Report on horse surra - Volume II, Part II
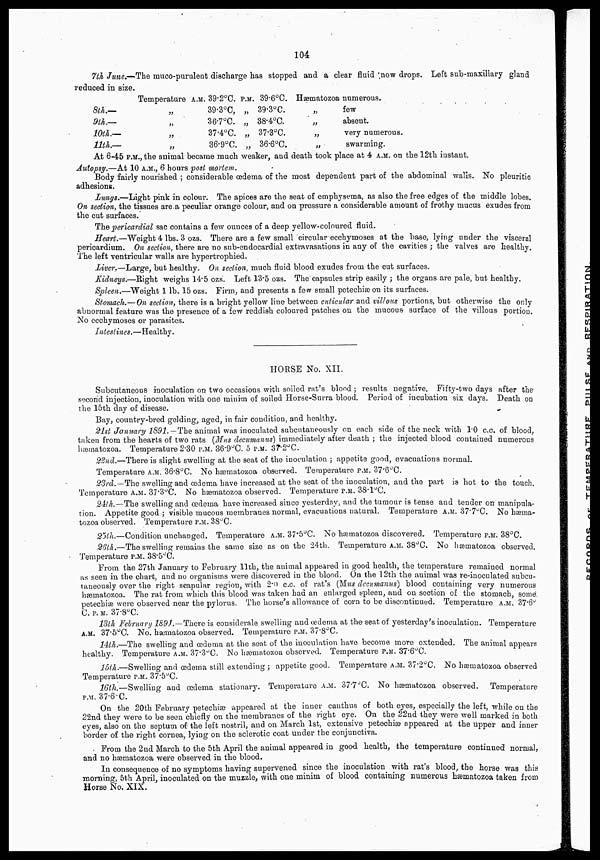
104
7th June.—The muco-purulent discharge has stopped and a clear fluid now drops. Left sub-maxillary gland
reduced in size.
8th.—
9th.—
10th.—
11th.—
Temperature
„
„
„
„
A.M. 39.2°C.
39.3°C.
36.7°C.
37.4°C.
36.9°C.
P.M. 39.6°C.
„ 39.3°C.
„ 38.4°C.
„ 37.3°C.
„ 36.6°C.
Hæmatozoa
„
„
„
„
numerous.
few
absent.
very numerous.
swarming.
At 6-45 P.M., the animal became much weaker, and death took place at 4 A.M. on the 12th instant.
Autopsy.—At 10 A.M., 6 hours post mortem.
Body fairly nourished ; considerable œdema of the most dependent part of the abdominal walls. No pleuritic
adhesions.
Lungs.—Light pink in colour. The apices are the seat of emphysema, as also the free edges of the middle lobes.
On section, the tissues are a peculiar orange colour, and on pressure a considerable amount of frothy mucus exudes from
the cut surfaces.
The pericardial sac contains a few ounces of a deep yellow-coloured fluid.
Heart.—Weight 4 lbs. 3 ozs. There are a few small circular ecchymoses at the base, lying under the visceral
pericardium. On section, there are no sub-endocardial extravasations in any of the cavities ; the valves are healthy.
The left ventricular walls are hypertrophied.
Liver.—Large, but healthy. On section, much fluid blood exudes from the cut surfaces.
Kidneys.—Right weighs 14.5 ozs. Left 13.5 ozs. The capsules strip easily ; the organs are pale, but healthy.
Spleen.—Weight 1 lb. 15 ozs. Firm, and presents a few small petechiæ on its surfaces.
Stomach.— On section, there is a bright yellow line between cuticular and villous portions, but otherwise the only
abnormal feature was the presence of a few reddish coloured patches on the mucous surface of the villous portion.
No ecchymoses or parasites.
Intestines.—Healthy.
HORSE No. XII.
Subcutaneous inoculation on two occasions with soiled rat's blood ; results negative. Fifty-two days after the
second injection, inoculation with one minim of soiled Horse-Surra blood. Period of incubation six days. Death on
the 15th day of disease.
Bay, country-bred gelding, aged, in fair condition, and healthy.
21st January 1891.—The animal was inoculated subcutaneously on each side of the neck with 1.0 c.c. of blood,
taken from the hearts of two rats (Mus decumanus) immediately after death ; the injected blood contained numerous
hæmatozoa. Temperature 2.30 P.M. 36.9°C. 5 P.M. 37.2°C.
22nd.—There is slight swelling at the seat of the inoculation ; appetite good, evacuations normal.
Temperature A.M. 36.8°C. No hæmatozoa observed. Temperature P.M. 37.6°C.
23rd.—The swelling and œdema have increased at the seat of the inoculation, and the part is hot to the touch.
Temperature A.M. 37.3°C. No hæmatozoa observed. Temperature P.M. 38.1°C.
24th.—The swelling and œdema have increased since yesterday, and the tumour is tense and tender on manipula-
tion. Appetite good ; visible mucous membranes normal, evacuations natural. Temperature A.M. 37.7°C. No hæma-
tozoa observed. Temperature P.M. 38°C.
25th.—Condition unchanged. Temperature A.M. 37.5°C. NO hæmatozoa discovered. Temperature P.M. 38°C.
26th.—The swelling remains the same size as on the 24th. Temperature A.M. 38°C. No hæmatozoa observed.
Temperature P.M. 38.5°C.
From the 27th January to February 11th, the animal appeared in good health, the temperature remained normal
as seen in the chart, and no organisms were discovered in the blood. On the 12th the animal was re-inoculated subcu-
taneously over the right scapular region, with 2.0 c.c. of rat's (MUS decumanus) blood containing very numerous
hæmatozoa. The rat from which this blood was taken had an enlarged spleen, and on section of the stomach, some
petechiæ were observed near the pylorus. The horse's allowance of corn to be discontinued. Temperature A.M.37.6°
C. P.M. 37.8°C.
13th February 1891.—There is considerale swelling and œdema at the seat of yesterday's inoculation. Temperature
A.M. 37.5°C. No. hæmatozoa observed. Temperature P.M. 37.8°C.
14th.—The swelling and œdema at the seat of the inoculation have become more extended. The animal appears
healthy. Temperature A.M. 37.3°C. No hæmatozoa observed. Temperature P.M. 37.6°C.
15th.—Swelling and œdema still extending ; appetite good. Temperature A.M. 37.2°C. No hæmatozoa observed
Temperature P.M. 37.5°C.
16th.—Swelling and œdema stationary. Temperature A.M. 37.7°C. No hæmatozoa observed.
Temperature
P.M. 37.6 C.
On the 20th February petechiæ appeared at the inner canthus of both eyes, especially the left, while on the
22nd they were to be seen chiefly on the membranes of the right eye. On the 22nd they were well marked in both
eyes, also on the septum of the left nostril, and on March 1st, extensive petechiæ appeared at the upper and inner
border of the right cornea, lying on the sclerotic coat under the conjunctiva.
From the 2nd March to the 5th April the animal appeared in good health, the temperature continued normal,
and no hæmatozoa were observed in the blood.
In consequence of no symptoms having supervened since the inoculation. with rat's blood, the horse was this
morning, 5th April, inoculated on the muzzle, with one minim of blood containing numerous hæmatozoa taken from
Horse No. XIX.